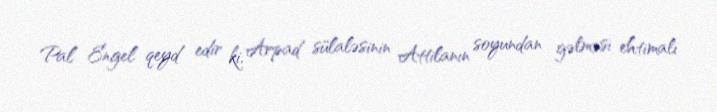
Pal Engel qeyd edir ki, Arpad sülaləsinin Attilanın soyundan gəlməsi ehtimalı